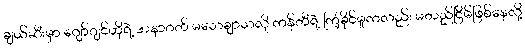
ချယ်ဆီးမှာ ဂျော်ဂျင်ဟိုရဲ့ အနာဂတ် မသေချာသလို ကန်တီရဲ့ ကြံ့ခိုင်မှုကလည်း မတည်ငြိမ်ဖြစ်နေလို့